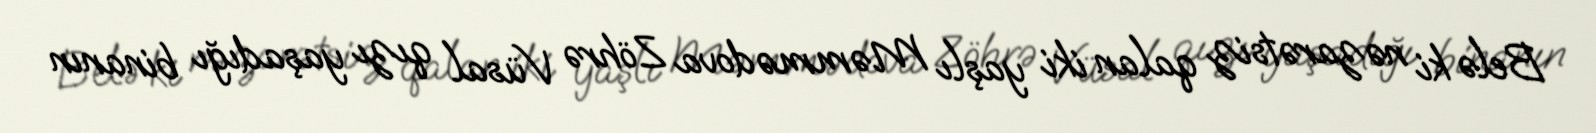
Belə ki nəzarətsiz qalan iki yaşlı Məmmədova Zöhrə Vüsal qızı yaşadığı binanın